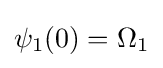
\psi _{1}(0)=\Omega _{1}